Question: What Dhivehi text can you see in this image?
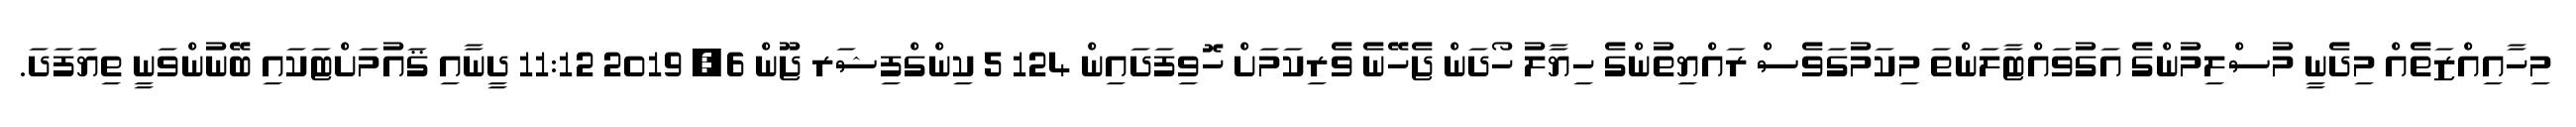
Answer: މިހާއިއްޒަތެއް މިދެނީ މުސްލިމުންގެ އަގުވައްޓާލަންތަ މިކަމުގަވެސް ރައްޔިތުންގެ ހިޔާލު ހޯދަން ޖެހޭނެ ވެރިކަމަށް ހޮވިފަދައިން 124 5 ކިންގްފިޝަރ ޖޫން 6, 2019 11:12 ދީނާއި ޤައުމަށްޓަކައި ބޭނުންވަނީ ތިޔަފަދަ.